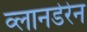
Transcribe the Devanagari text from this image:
व्लानडेरेन